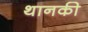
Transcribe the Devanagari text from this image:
थानकी